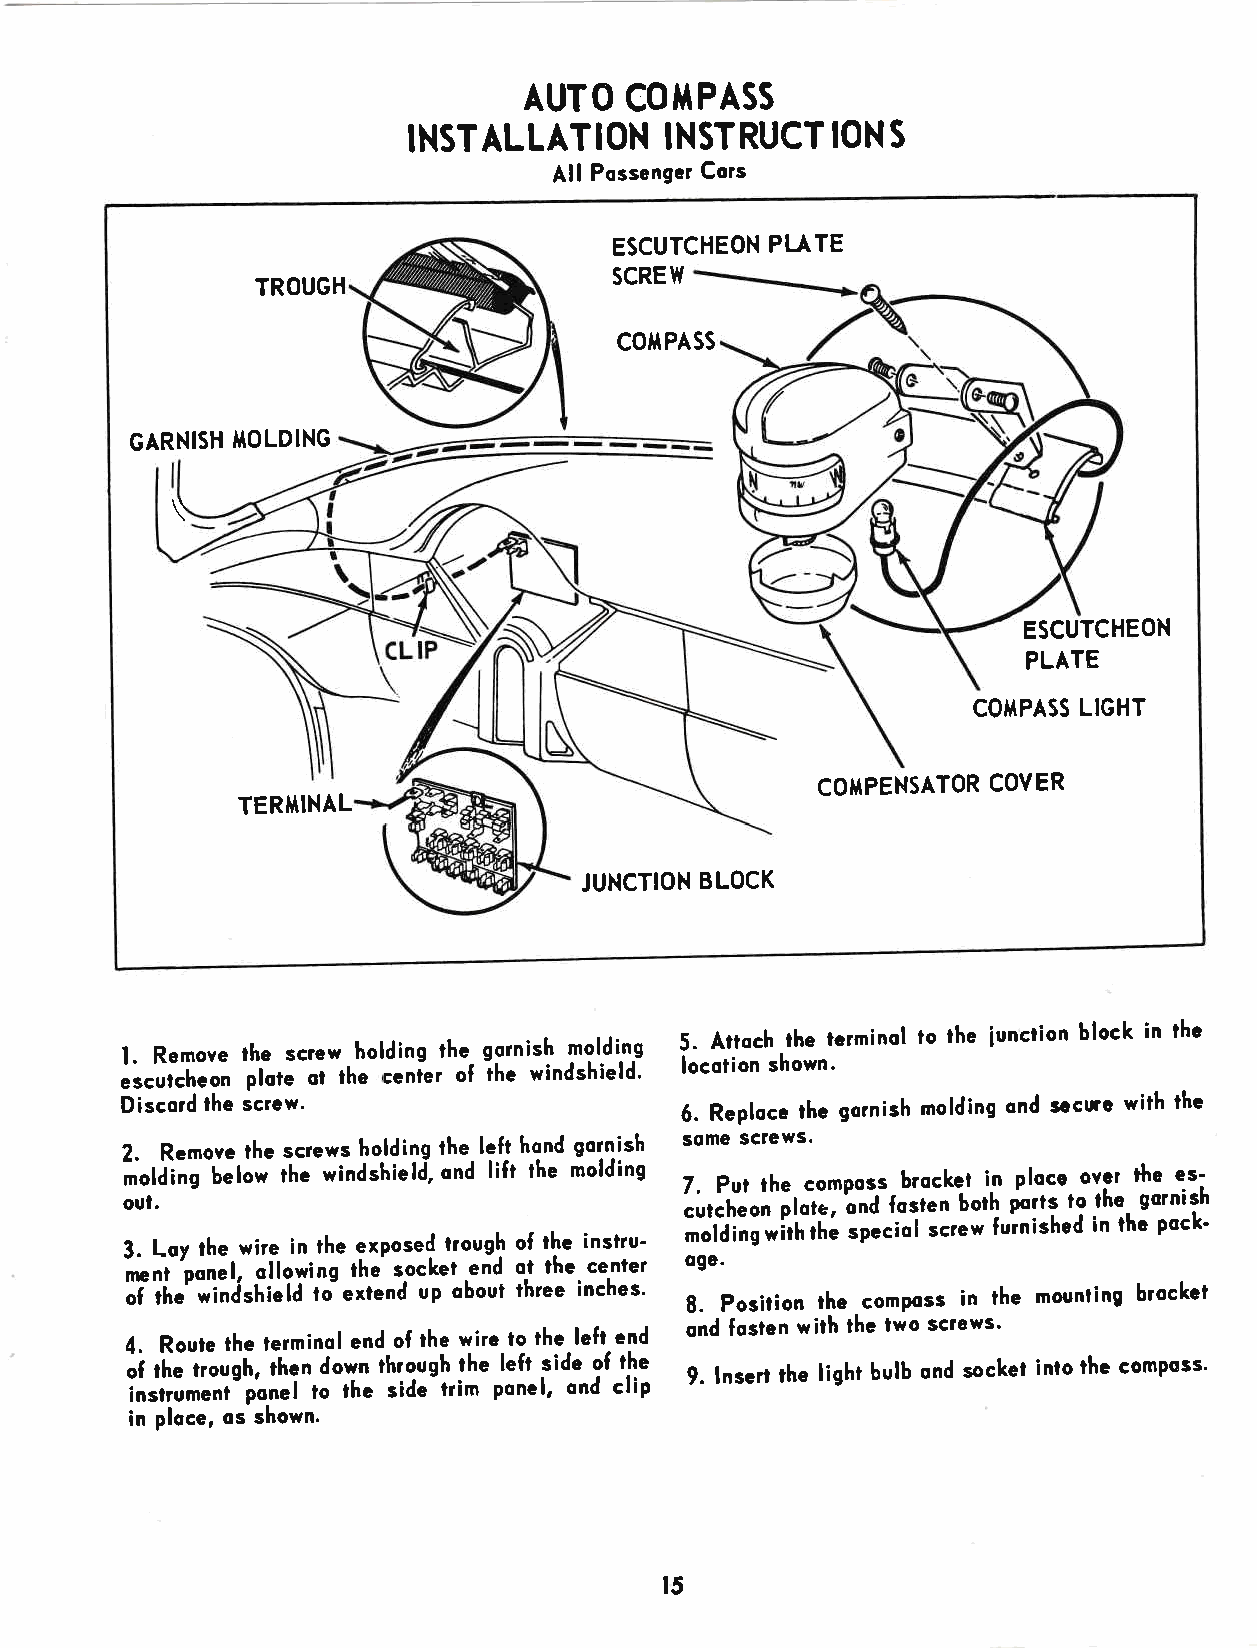
AUTO  COITPASS
 INSTALLATION     INSTRUCT   ION S
 All Possengcr Cors
 ESCUTCHEON PI.ATE
 SCREW
 TROUGH
 C0li{PASS
 GARNISH l,tOLDlNG
 \
 ESCUTCHEON
 PLATE
 COIIPASS LIGHT
 COT{PENSATOR COVER
 TERI'ilNAL
 JUNCTION BLOCK
 l. Remove lhe screw holding the gornish mgldi-ng 5. Attoch lhe tcrminol to rhe iunction block in thc
 ;;;[;"; plite ot the centet o[ the windshield' locotion shown.
 Discord lhe screw.                   6. Reploce ihe gornish molding ond sccuc with the
 2. Remove the screws holding the left hond gornish some screws.
 r"fliig U.tow rhe windshield, ond lifr the molding 7. Pur lhe composs brocket in ploco ovcl the es'
 oul.                                               t"1t"n borh porls to the. gornish
 ";;rlti".f;,;";"[rh'r;li"lt ",'";ipa" .i"l furnished in thc pcck'
 3. Lov the wire in ihe exposed trough of the inslru' =.'"*
 LJ'oon"l, otlowing the' socket.end ot lhe center oge.
 ;i;i"';i;i=[i"ia tdextend up obout three inches' 8. Position the composs in rhe mounling brocket
 4. Route the terminol end of the wire to the left end ond fosien with the lwo screYvs'
 ;i th"i;;rgh, then down throush rhe left side of the 9. lnsert the light butb ond socket into thc GomPoss'
 i;";;;;;;i-pln"l to the side irim ponel, ond clip
 in ploce, os shown.
 t5